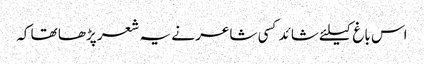
اس باغ کیلئے شائد کسی شاعر نے یہ شعر پڑھا تھا کہ